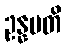
ဥန္နမတိ